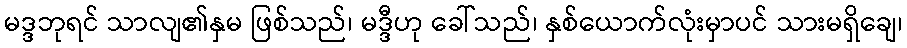
မဒ္ဒဘုရင် သာလျ၏နှမ ဖြစ်သည်၊ မဒ္ဒီဟု ခေါ်သည်၊ နှစ်ယောက်လုံးမှာပင် သားမရှိချေ၊